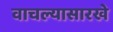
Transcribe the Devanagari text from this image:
वाचल्यासारखे